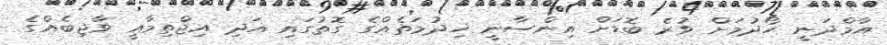
އާމްދަނީ ހޯދުމަށް ވުރެ ބޮޑަށް އިންސާނީ ޚިދުމަތެއްގެ ގޮތުގައި އަދި އިޖްތިމާއީ ވާޖިބެއްގެ